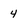
Character: 4